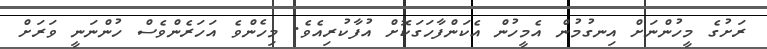
ރަށުގެ މީހުންނަށް އިނގުމުން އެމީހުން އެކަންފާހަގަކޮށް އުފާކުރިއެވެ. މިހެންވެ އަހަރެންވެސް ހުންނަނީ ވަރަށް